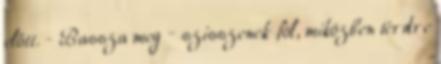
előtt. - Bassza meg – szisszenek föl, miközben térdre